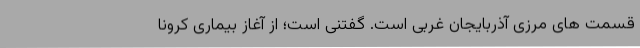
قسمت های مرزی آذربایجان غربی است. گفتنی است؛ از آغاز بیماری کرونا